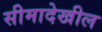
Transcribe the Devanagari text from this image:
सीमादेखील